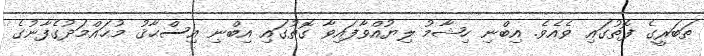
ޠަބަރީގެ ފޮތުގައި ވެއެވެ. އިބްނި ހިޝާމު ލިޔުއްވާފައިވާ ގޮތުގައި އިބްނި އިސްޙާޤު މުޙައްމަދުގެފާނުގެ